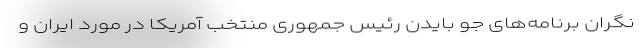
نگران برنامه‌های جو بایدن رئیس جمهوری منتخب آمریکا در مورد ایران و